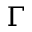
\Gamma